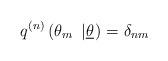
LaTeX: \begin{align*}q^{\left( n\right) }\left( \theta _{m}~\left\vert \underline{\theta }\right.\right) =\delta _{nm} \end{align*}